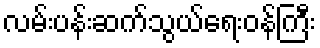
လမ်းပန်းဆက်သွယ်ရေးဝန်ကြီး